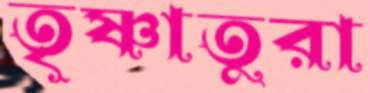
তৃষ্ণাতুরা